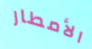
الأمطار